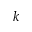
k